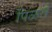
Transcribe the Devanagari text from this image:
पिळते